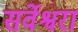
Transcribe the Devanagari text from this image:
सर्वेश्वरा